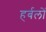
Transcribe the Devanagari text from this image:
हर्बलों